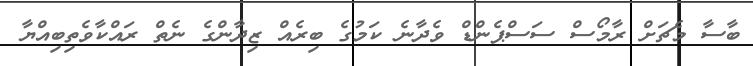
ބާސާ މެޗަށް ރާމޯސް ސަސްޕެންޑް ވެދާނެ ކަމުގެ ބިރެއް ޒިދާންގެ ނެތް ރައްކާވެތިބިއްޔާ